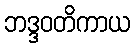
ဘဒ္ဒဝတိကာယ